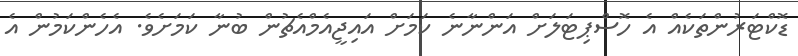
ޑޮކްޓަރުންތަކެއް އެ ހޮސްޕިޓަލަށް އަންނާނެ ކަމަށް އައިޖީއެމްއެޗުން ބުނާ ކަމަށެވެ. އެހެންކަމުން އެ